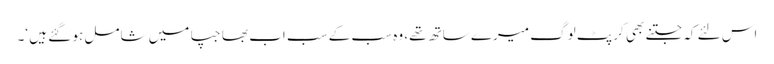
اس لئے کہ جتنے بھی کرپٹ لوگ میرے ساتھ تھے، وہ سب کے سب اب بھاجپا میں شامل ہو گئے ہیں ‘۔